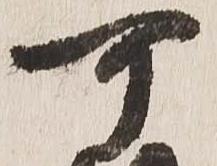
可